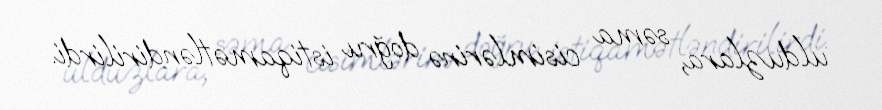
ulduzlara, səma cisimlərinə doğru istiqamətləndirilirdi.